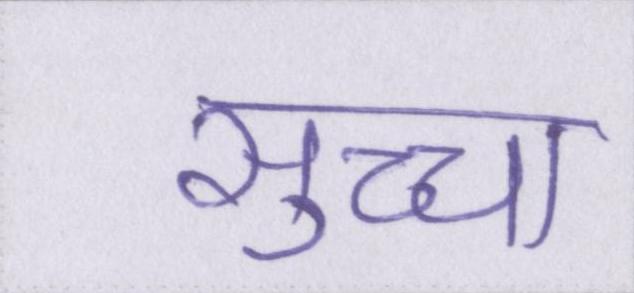
सुच्चा